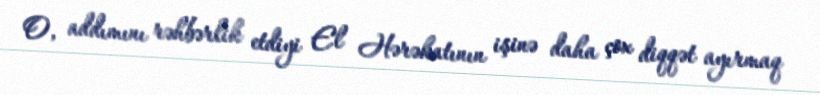
O, addımını rəhbərlik etdiyi El Hərəkatının işinə daha çox diqqət ayırmaq